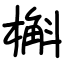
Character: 槲